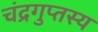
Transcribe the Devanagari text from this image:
चंद्रगुप्तस्य